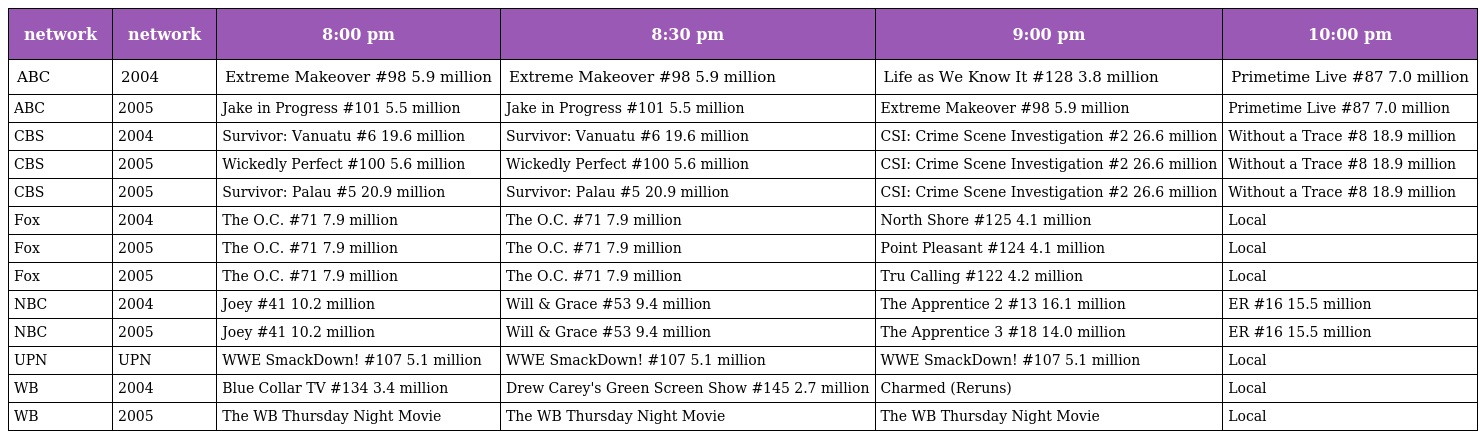
| network | network | 8:00 pm | 8:30 pm | 9:00 pm | 10:00 pm |
 | --- | --- | --- | --- | --- | --- |
 | ABC | 2004 | Extreme Makeover #98 5.9 million | Extreme Makeover #98 5.9 million | Life as We Know It #128 3.8 million | Primetime Live #87 7.0 million |
 | ABC | 2005 | Jake in Progress #101 5.5 million | Jake in Progress #101 5.5 million | Extreme Makeover #98 5.9 million | Primetime Live #87 7.0 million |
 | CBS | 2004 | Survivor: Vanuatu #6 19.6 million | Survivor: Vanuatu #6 19.6 million | CSI: Crime Scene Investigation #2 26.6 million | Without a Trace #8 18.9 million |
 | CBS | 2005 | Wickedly Perfect #100 5.6 million | Wickedly Perfect #100 5.6 million | CSI: Crime Scene Investigation #2 26.6 million | Without a Trace #8 18.9 million |
 | CBS | 2005 | Survivor: Palau #5 20.9 million | Survivor: Palau #5 20.9 million | CSI: Crime Scene Investigation #2 26.6 million | Without a Trace #8 18.9 million |
 | Fox | 2004 | The O.C. #71 7.9 million | The O.C. #71 7.9 million | North Shore #125 4.1 million | Local |
 | Fox | 2005 | The O.C. #71 7.9 million | The O.C. #71 7.9 million | Point Pleasant #124 4.1 million | Local |
 | Fox | 2005 | The O.C. #71 7.9 million | The O.C. #71 7.9 million | Tru Calling #122 4.2 million | Local |
 | NBC | 2004 | Joey #41 10.2 million | Will & Grace #53 9.4 million | The Apprentice 2 #13 16.1 million | ER #16 15.5 million |
 | NBC | 2005 | Joey #41 10.2 million | Will & Grace #53 9.4 million | The Apprentice 3 #18 14.0 million | ER #16 15.5 million |
 | UPN | UPN | WWE SmackDown! #107 5.1 million | WWE SmackDown! #107 5.1 million | WWE SmackDown! #107 5.1 million | Local |
 | WB | 2004 | Blue Collar TV #134 3.4 million | Drew Carey's Green Screen Show #145 2.7 million | Charmed (Reruns) | Local |
 | WB | 2005 | The WB Thursday Night Movie | The WB Thursday Night Movie | The WB Thursday Night Movie | Local |